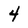
Character: 4